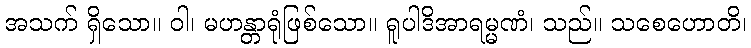
အသက် ရှိသော။ ဝါ၊ မဟန္တာရုံဖြစ်သော။ ရူပါဒိအာရမ္မဏံ၊ သည်။ သစေဟောတိ၊